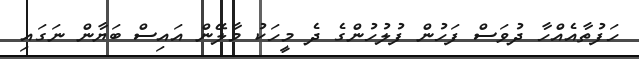
ހަފުތާއެއްހާ ދުވަސް ފަހުން ފުލުހުންގެ ދެ މީހަކު މާލޭން އައިސް ބަޔާން ނަގައި